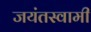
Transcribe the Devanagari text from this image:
जयंतस्वामी